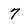
Character: 7